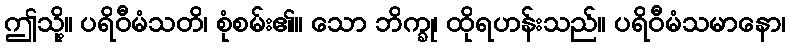
ဤသို့။ ပရိဝီမံသတိ၊ စုံစမ်း၏။ သော ဘိက္ခု၊ ထိုရဟန်းသည်။ ပရိဝီမံသမာနော၊